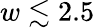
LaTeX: w\lesssim 2.5